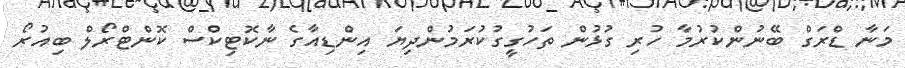
މަނާ ޑްރަގް ބޭނުންކުރުމާ ހުރި ގުޅުން ތަހުގީގުކުރަމުންދިޔަ އިންޑިއާގެ ނާކޮޓިކްސް ކޮންޓްރޯލް ބިއުރޯ